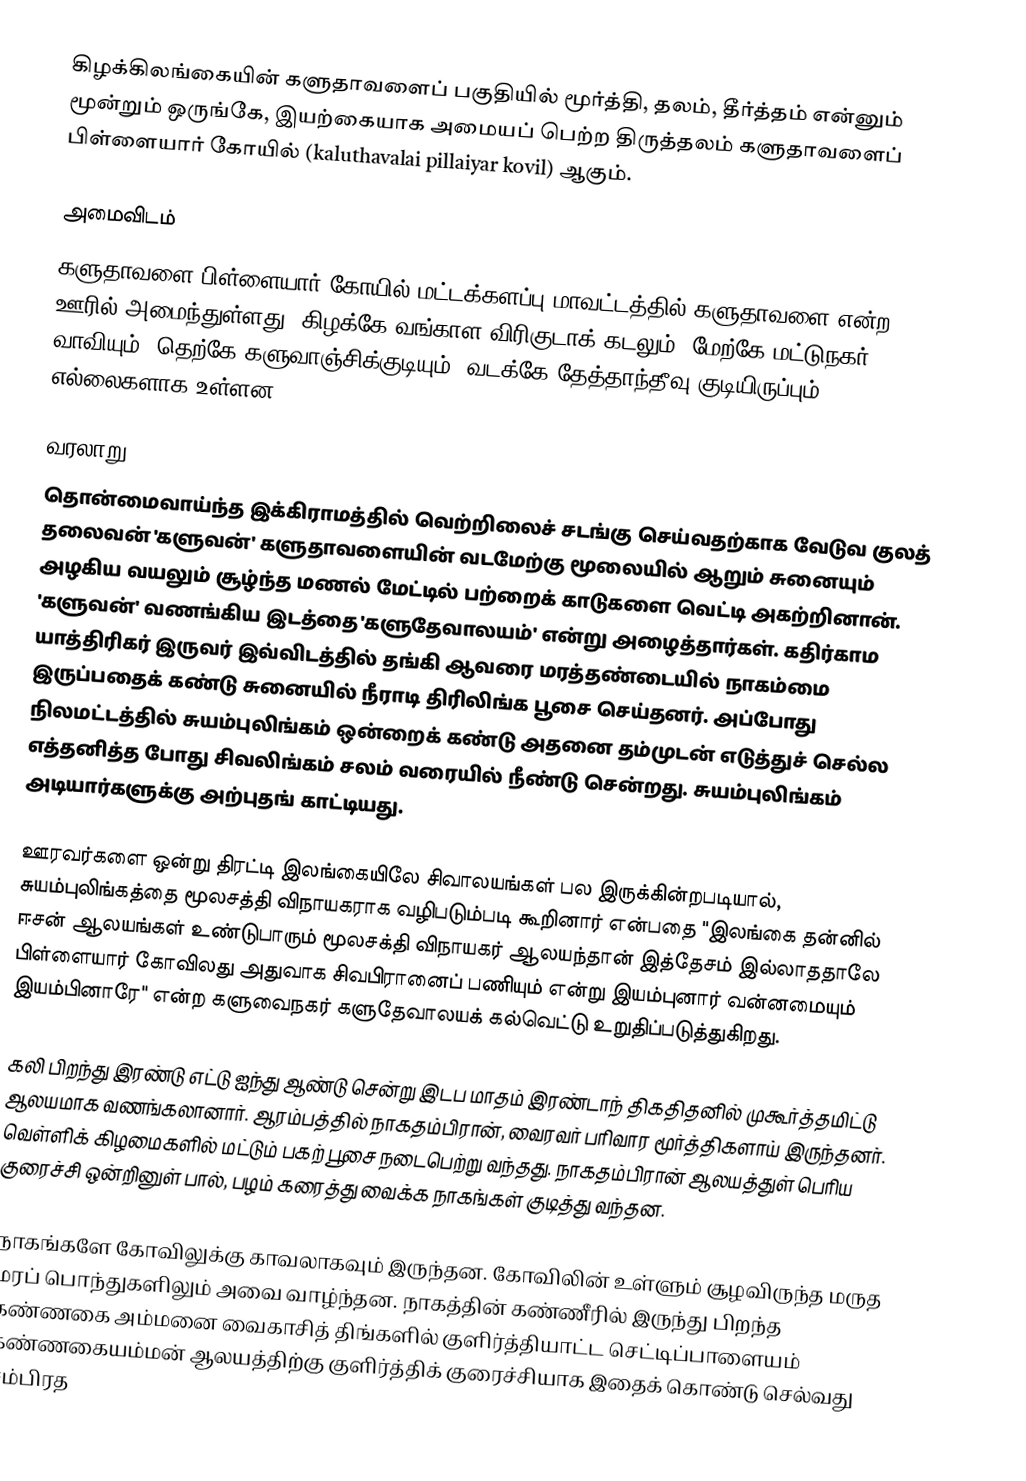
கிழக்கிலங்கையின் களுதாவளைப் பகுதியில் மூர்த்தி, தலம், தீர்த்தம் என்னும் மூன்றும் ஒருங்கே, இயற்கையாக அமையப் பெற்ற திருத்தலம் களுதாவளைப் பிள்ளையார் கோயில் (kaluthavalai pillaiyar kovil) ஆகும்.

அமைவிடம்
களுதாவளை பிள்ளையார் கோயில் மட்டக்களப்பு மாவட்டத்தில் களுதாவளை என்ற ஊரில் அமைந்துள்ளது. கிழக்கே வங்காள விரிகுடாக் கடலும், மேற்கே மட்டுநகர் வாவியும், தெற்கே களுவாஞ்சிக்குடியும், வடக்கே தேத்தாந்தீவு குடியிருப்பும் எல்லைகளாக உள்ளன.

வரலாறு
தொன்மைவாய்ந்த இக்கிராமத்தில் வெற்றிலைச் சடங்கு செய்வதற்காக வேடுவ குலத் தலைவன் 'களுவன்' களுதாவளையின் வடமேற்கு மூலையில் ஆறும் சுனையும் அழகிய வயலும் சூழ்ந்த மணல் மேட்டில் பற்றைக் காடுகளை வெட்டி அகற்றினான். 'களுவன்' வணங்கிய இடத்தை 'களுதேவாலயம்' என்று அழைத்தார்கள். கதிர்காம யாத்திரிகர் இருவர் இவ்விடத்தில் தங்கி ஆவரை மரத்தண்டையில் நாகம்மை இருப்பதைக் கண்டு சுனையில் நீராடி திரிலிங்க பூசை செய்தனர். அப்போது நிலமட்டத்தில் சுயம்புலிங்கம் ஒன்றைக் கண்டு அதனை தம்முடன் எடுத்துச் செல்ல எத்தனித்த போது சிவலிங்கம் சலம் வரையில் நீண்டு சென்றது. சுயம்புலிங்கம் அடியார்களுக்கு அற்புதங் காட்டியது.

ஊரவர்களை ஒன்று திரட்டி இலங்கையிலே சிவாலயங்கள் பல இருக்கின்றபடியால், சுயம்புலிங்கத்தை மூலசத்தி விநாயகராக வழிபடும்படி கூறினார் என்பதை "இலங்கை தன்னில் ஈசன் ஆலயங்கள் உண்டுபாரும் மூலசக்தி விநாயகர் ஆலயந்தான் இத்தேசம் இல்லாததாலே பிள்ளையார் கோவிலது அதுவாக சிவபிரானைப் பணியும் என்று இயம்புனார் வன்னமையும் இயம்பினாரே" என்ற களுவைநகர் களுதேவாலயக் கல்வெட்டு உறுதிப்படுத்துகிறது.

கலி பிறந்து இரண்டு எட்டு ஐந்து ஆண்டு சென்று இடப மாதம் இரண்டாந் திகதிதனில் முகூர்த்தமிட்டு ஆலயமாக வணங்கலானார். ஆரம்பத்தில் நாகதம்பிரான், வைரவர் பரிவார மூர்த்திகளாய் இருந்தனர். வெள்ளிக் கிழமைகளில் மட்டும் பகற் பூசை நடைபெற்று வந்தது. நாகதம்பிரான் ஆலயத்துள் பெரிய குரைச்சி ஒன்றினுள் பால், பழம் கரைத்து வைக்க நாகங்கள் குடித்து வந்தன.

நாகங்களே கோவிலுக்கு காவலாகவும் இருந்தன. கோவிலின் உள்ளும் சூழவிருந்த மருத மரப் பொந்துகளிலும் அவை வாழ்ந்தன. நாகத்தின் கண்ணீரில் இருந்து பிறந்த கண்ணகை அம்மனை வைகாசித் திங்களில் குளிர்த்தியாட்ட செட்டிப்பாளையம் கண்ணகையம்மன் ஆலயத்திற்கு குளிர்த்திக் குரைச்சியாக இதைக் கொண்டு செல்வது சம்பிரத